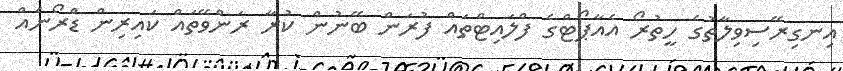
އިނގިރޭސިވިލާތުގެ ހީތުރޯ އެއާޕޯޓްގެ ފްލައިޓްތައް ފުރަން ބޭނުން ކުރާ ރަންވޭތައް ކައިރިން ޑްރޯނެއް